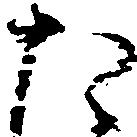
た